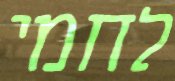
לחמי